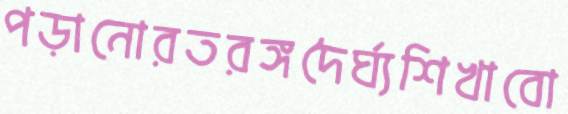
পড়ানোরতরঙ্গদৈর্ঘ্যশিখাবো